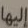
إليها